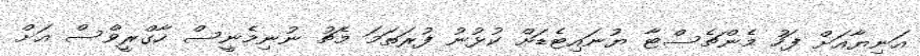
އަނިޔާއަށް ފަހު މެންޗެސްޓާ ޔުނައިޓެޑަށް ކުޅުނު ފުރަތަމަ މެޗު ނުނިމެނީސް ހާގްރީވްސް އަށް